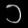
Digit: ၁